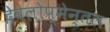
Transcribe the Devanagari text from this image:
देवेलोप्मेन्तल